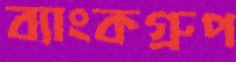
ব্যাংকগ্রুপ